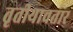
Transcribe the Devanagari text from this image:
तृतीयावतार